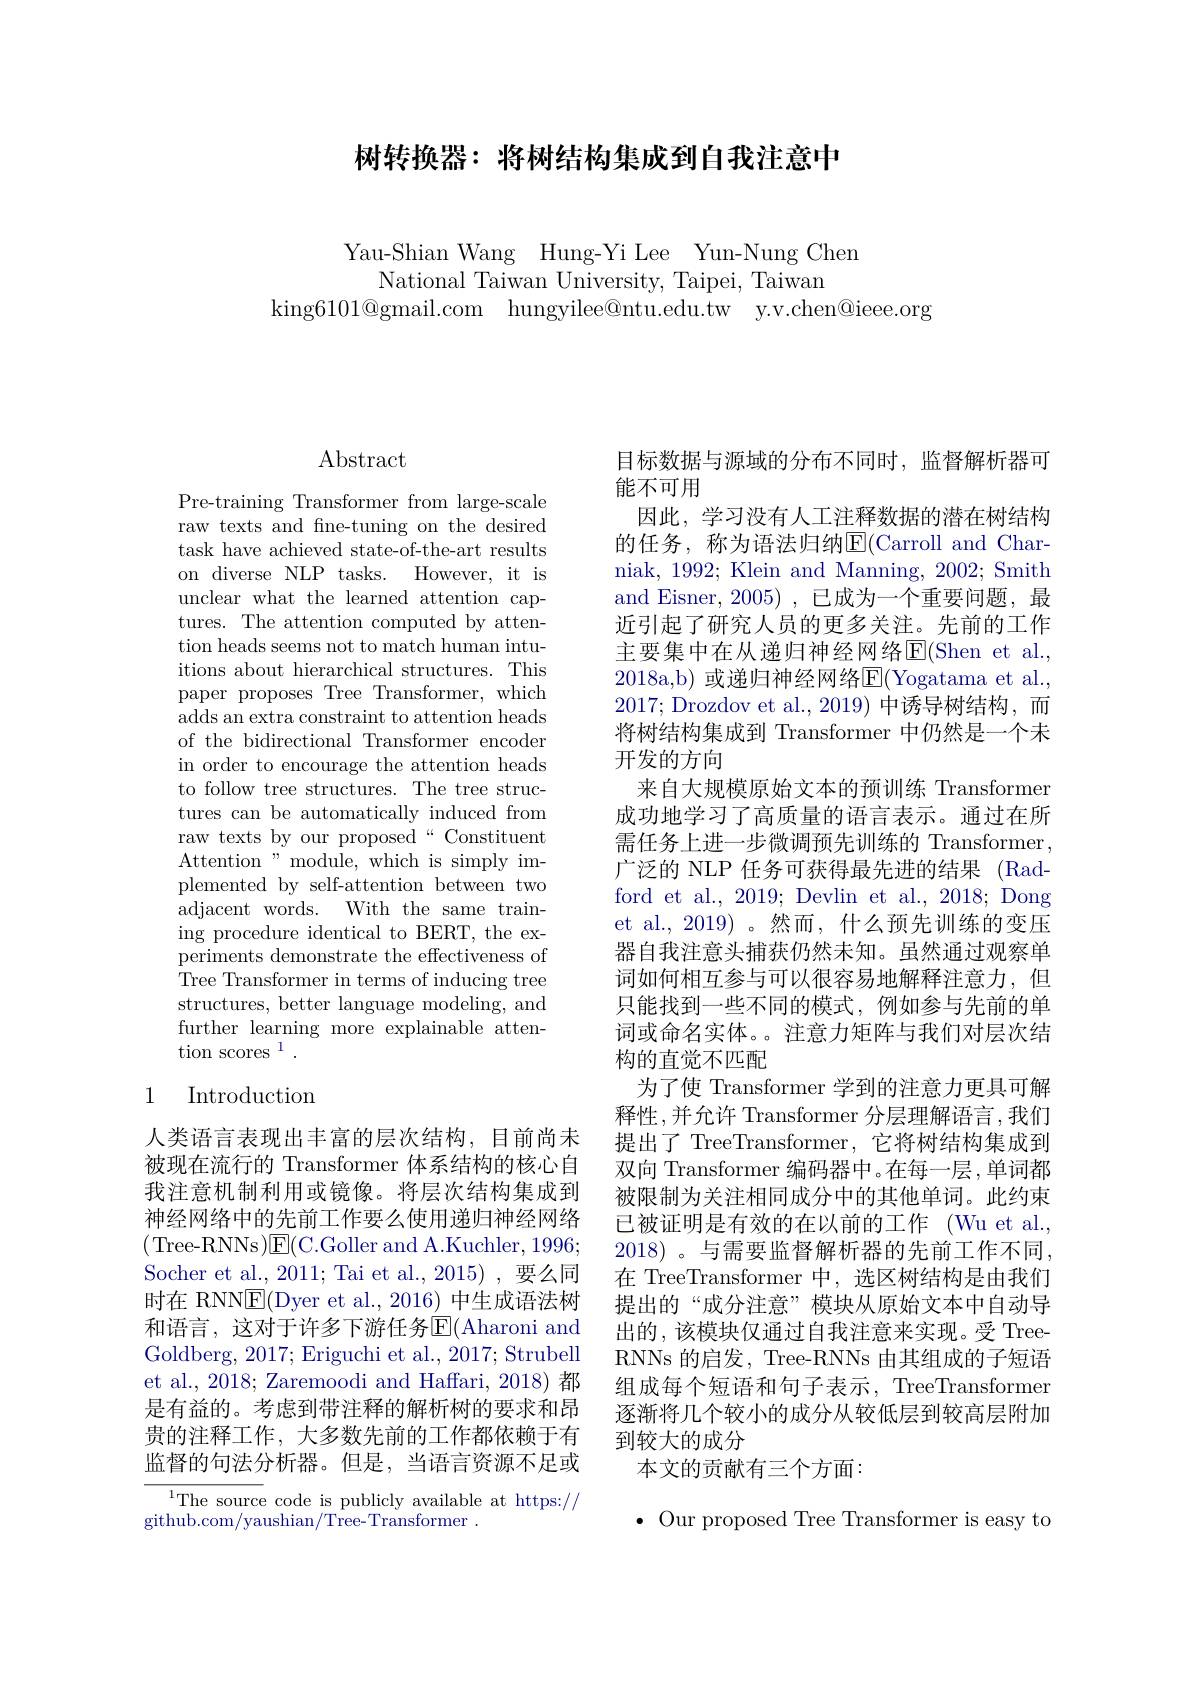
# 树转换器：将树结构集成到自我注意中

Yau-Shian Wang Hung-Yi Lee Yun-Nung Chen
National Taiwan University, Taipei, Taiwan
king6101@gmail.com hungyilee@ntu.edu.tw y.v.chen@ieee.org

## $\operatorname{Abstract}$

Pre-training Transformer from large-scale raw texts and fine-tuning on the desired task have achieved state-of-the-art results on diverse NLP tasks. However, it is unclear what the learned attention captures. The attention computed by attention heads seems not to match human intuitions about hierarchical structures. This paper proposes Tree Transformer, which adds an extra constraint to attention heads of the bidirectional Transformer encoder in order to encourage the attention heads to follow tree structures. The tree structures can be automatically induced from raw texts by our proposed“Constituent Attention" module, which is simply implemented by self-attention between two adjacent words. With the same training procedure identical to BERT, the experiments demonstrate the effectiveness of Tree Transformer in terms of inducing tree structures, better language modeling, and further learning more explainable attention scores 1 .

## 1 Introduction

人类语言表现出丰富的层次结构，目前尚未被现在流行的 Transformer 体系结构的核心自我注意机制利用或镜像。将层次结构集成到神经网络中的先前工作要么使用递归神经网络(Tree-RNNs$)因($C.Goller and A.Kuchler,1996; Socher et al.,2011; Tai et al.,2015),要么同时在 RNN$\underline{\mathrm{E}}($Dyer et al., 2016) 中生成语法树和语言，这对于许多下游任务$\operatorname{E}($Aharoni and Goldberg, 2017; Eriguchi et al., 2017; Strubell et al., 2018; Zaremoodi and Haffari, 2018) 都是有益的。考虑到带注释的解析树的要求和昂贵的注释工作，大多数先前的工作都依赖于有监督的句法分析器。但是，当语言资源不足或

${\overline{{^{1}\text{The source}}}}$code is publicly available at https://
github. com/ yaushian/ Tree- Transformer.

目标数据与源域的分布不同时，监督解析器可
能不可用
因此，学习没有人工注释数据的潜在树结构的任务，称为语法归纳E(Carroll and Charniak, 1992; Klein and Manning, 2002; Smith and Eisner, 2005) , 已成为一个重要问题，最近引起了研究人员的更多关注。先前的工作主要集中在从递归神经网络E$( Shen et al.$ 2018a,b) 或递归神经网络E(Yogatama et al., 2017; Drozdov et al.,2019) 中诱导树结构，而将树结构集成到 Transformer 中仍然是一个未开发的方向
来自大规模原始文本的预训练 Transformer 成功地学习了高质量的语言表示。通过在所需任务上进一步微调预先训练的 Transformer, 广泛的 NLP 任务可获得最先进的结果 (Radford et al., 2019; Devlin et al., 2018; Dong et al., 2019)。然而，什么预先训练的变压器自我注意头捕获仍然未知。虽然通过观察单词如何相互参与可以很容易地解释注意力，但只能找到一些不同的模式，例如参与先前的单词或命名实体。。注意力矩阵与我们对层次结构的直觉不匹配
为了使 Transformer 学到的注意力更具可解释性，并允许 Transformer 分层理解语言，我们提出了 TreeTransformer, 它将树结构集成到双向 Transformer 编码器中。在每一层，单词都被限制为关注相同成分中的其他单词。此约束已被证明是有效的在以前的工作 (Wu et al., 2018)。与需要监督解析器的先前工作不同， 在 TreeTransformer 中，选区树结构是由我们提出的“成分注意”模块从原始文本中自动导出的，该模块仅通过自我注意来实现。受 TreeRNNs 的启发，Tree-RNNs 由其组成的子短语组成每个短语和句子表示，TreeTransformer 逐渐将几个较小的成分从较低层到较高层附加到较大的成分
本文的贡献有三个方面：

$\bullet$ Our proposed Tree Transformer is easy to